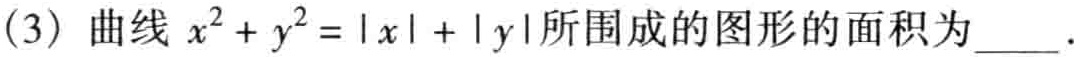
(3) 曲线 \(x^{2}+y^{2}=|x| + |y|\)所围成的图形的面积为  ．